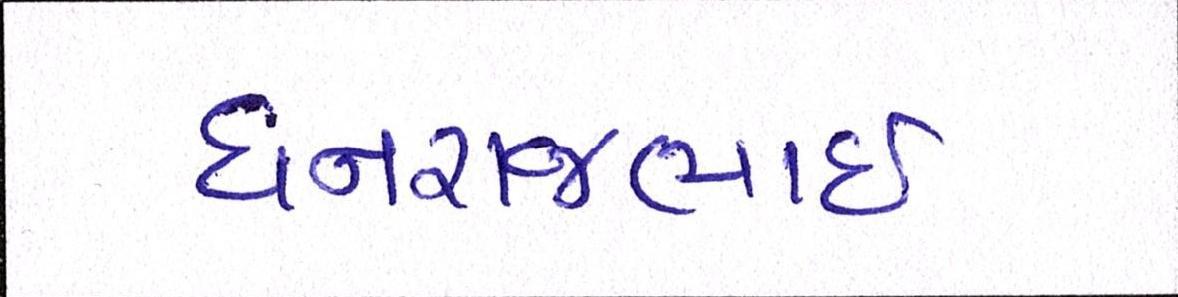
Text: ધનરાજભાઈ